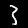
Label: 3